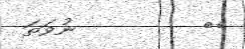
٤١         ނުވަތަ